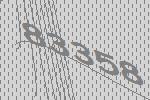
83358